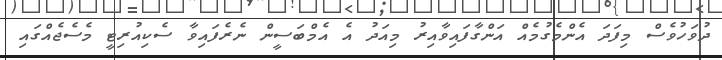
ދުވަހުވެސް މިފަދަ އެންމެގުމެއް އަންގާފައިވާއިރު މިއަދު އެ އެމްބަސީން ނެރެފައިވާ ސެކިއުރިޓީ މެސެޖެއްގައި